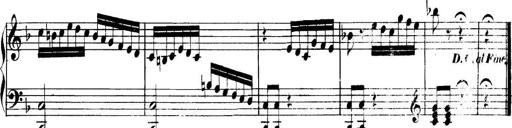
Title: Collected Piano Sonatas
Composer: Muzio Clementi